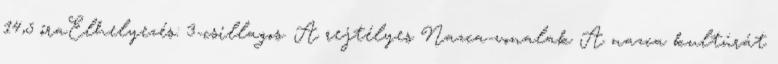
14,5 óraElhelyezés: 3-csillagos. A rejtélyes Nazca-vonalak A nazca kultúrát